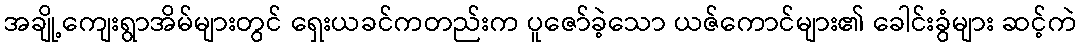
အချို့ကျေးရွာအိမ်များတွင် ရှေးယခင်ကတည်းက ပူဇော်ခဲ့သော ယဇ်ကောင်များ၏ ခေါင်းခွံများ ဆင့်ကဲ